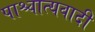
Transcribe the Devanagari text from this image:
पाश्चात्यवादी